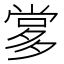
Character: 㗬